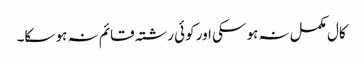
کال مکمل نہ ہو سکی اور کوئی رشتہ قائم نہ ہو سکا۔